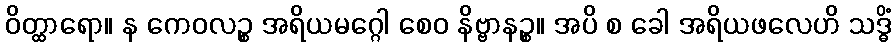
ဝိတ္ထာရော။ န ကေဝလဉ္စ အရိယမဂ္ဂေါ စေဝ နိဗ္ဗာနဉ္စ။ အပိ စ ခေါ အရိယဖလေဟိ သဒ္ဓိံ